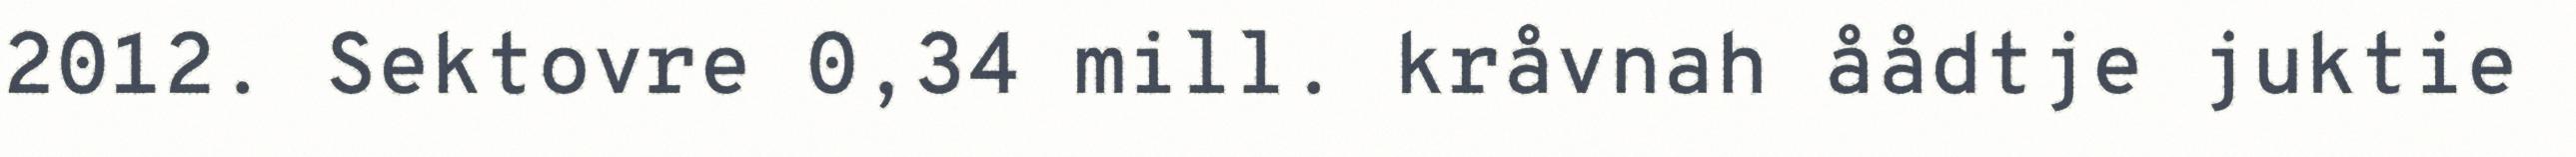
2012. Sektovre 0,34 mill. kråvnah åådtje juktie